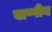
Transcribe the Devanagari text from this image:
बाष्पीय